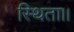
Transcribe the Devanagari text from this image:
स्थिता।।